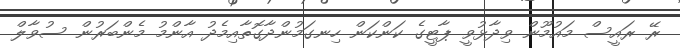
ރޭ ރައީސް މައުމޫން ވިދާޅުވީ ޕާޓީގެ ކަންކަން ހިނގަމުންދާގޮތާއިމެދު އާންމު މެންބަރުން ސުވާލް